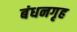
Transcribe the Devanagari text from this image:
बंधनगृह